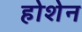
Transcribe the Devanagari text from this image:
होशेन